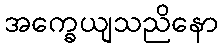
အက္ခေယျသညိနော